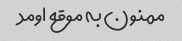
ممنون به موقع اومد